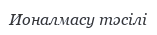
Ионалмасу тәсілі